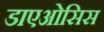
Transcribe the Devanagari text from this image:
डाएओसिस